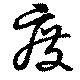
廃